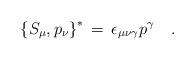
LaTeX: \begin{align*}\left\{ S_\mu , p_\nu \right\}^{\ast} \,=\, \epsilon_{\mu \nu \gamma}p^\gamma\quad.\end{align*}